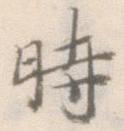
時